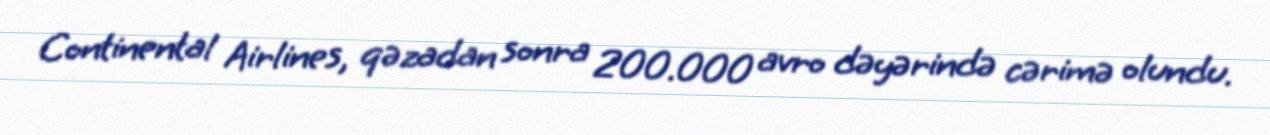
Continental Airlines, qəzadan sonra 200.000 avro dəyərində cərimə olundu.